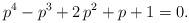
LaTeX: \begin{align*}p^4 - p^3 + 2\,p^2 + p + 1 = 0.\end{align*}